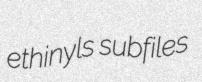
ethinyls subfiles